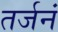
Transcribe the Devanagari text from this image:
तर्जनं